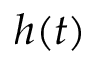
h ( t )